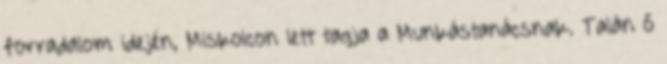
forradalom idején, Miskolcon lett tagja a Munkástanácsnak. Talán ő